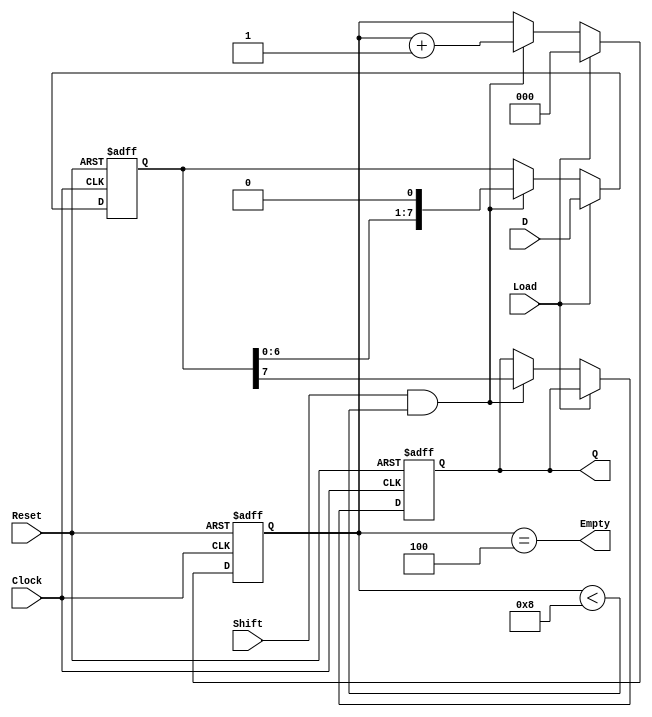
module PISO_Register (
    input wire [7:0] D,          // 8-bit parallel input data
    input wire Load,             // Load control signal
    input wire Shift,            // Shift control signal
    input wire Clock,            // Clock signal
    input wire Reset,            // Reset signal (optional)
    output reg Q,                // Serial output
    output wire Empty            // Indicates if the register is empty
);

    reg [7:0] shift_reg;         // 8-bit shift register
    reg [2:0] count;             // Counter to track number of bits shifted out

    // Reset or load data on the positive edge of the clock
    always @(posedge Clock or posedge Reset) begin
        if (Reset) begin
            shift_reg <= 8'b0;     // Clear shift register on reset
            count <= 3'b0;         // Reset counter
            Q <= 1'b0;             // Set output to 0
        end else if (Load) begin
            shift_reg <= D;        // Load parallel data into shift register
            count <= 3'b0;         // Reset counter after loading data
        end else if (Shift && (count < 8)) begin
            Q <= shift_reg[7];     // Output the MSB of shift register
            shift_reg <= {shift_reg[6:0], 1'b0}; // Shift left
            count <= count + 1;    // Increment counter
        end
    end

    // Output empty signal (1 when all bits have been shifted out)
    assign Empty = (count == 3'b100);

endmodule